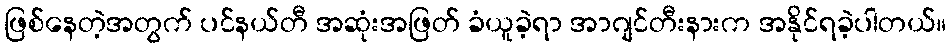
ဖြစ်နေတဲ့အတွက် ပင်နယ်တီ အဆုံးအဖြတ် ခံယူခဲ့ရာ အာဂျင်တီးနားက အနိုင်ရခဲ့ပါတယ်။